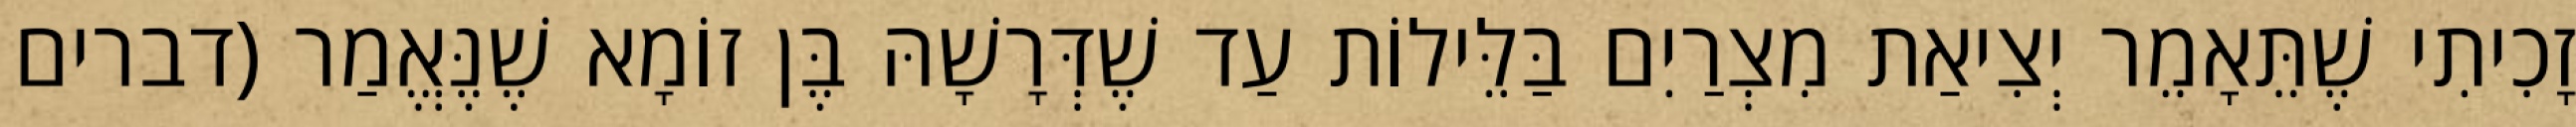
זָכִיתִי שֶׁתֵּאָמֵר יְצִיאַת מִצְרַיִם בַּלֵּילוֹת עַד שֶׁדְּרָשָׁהּ בֶּן זוֹמָא שֶׁנֶּאֱמַר (דברים